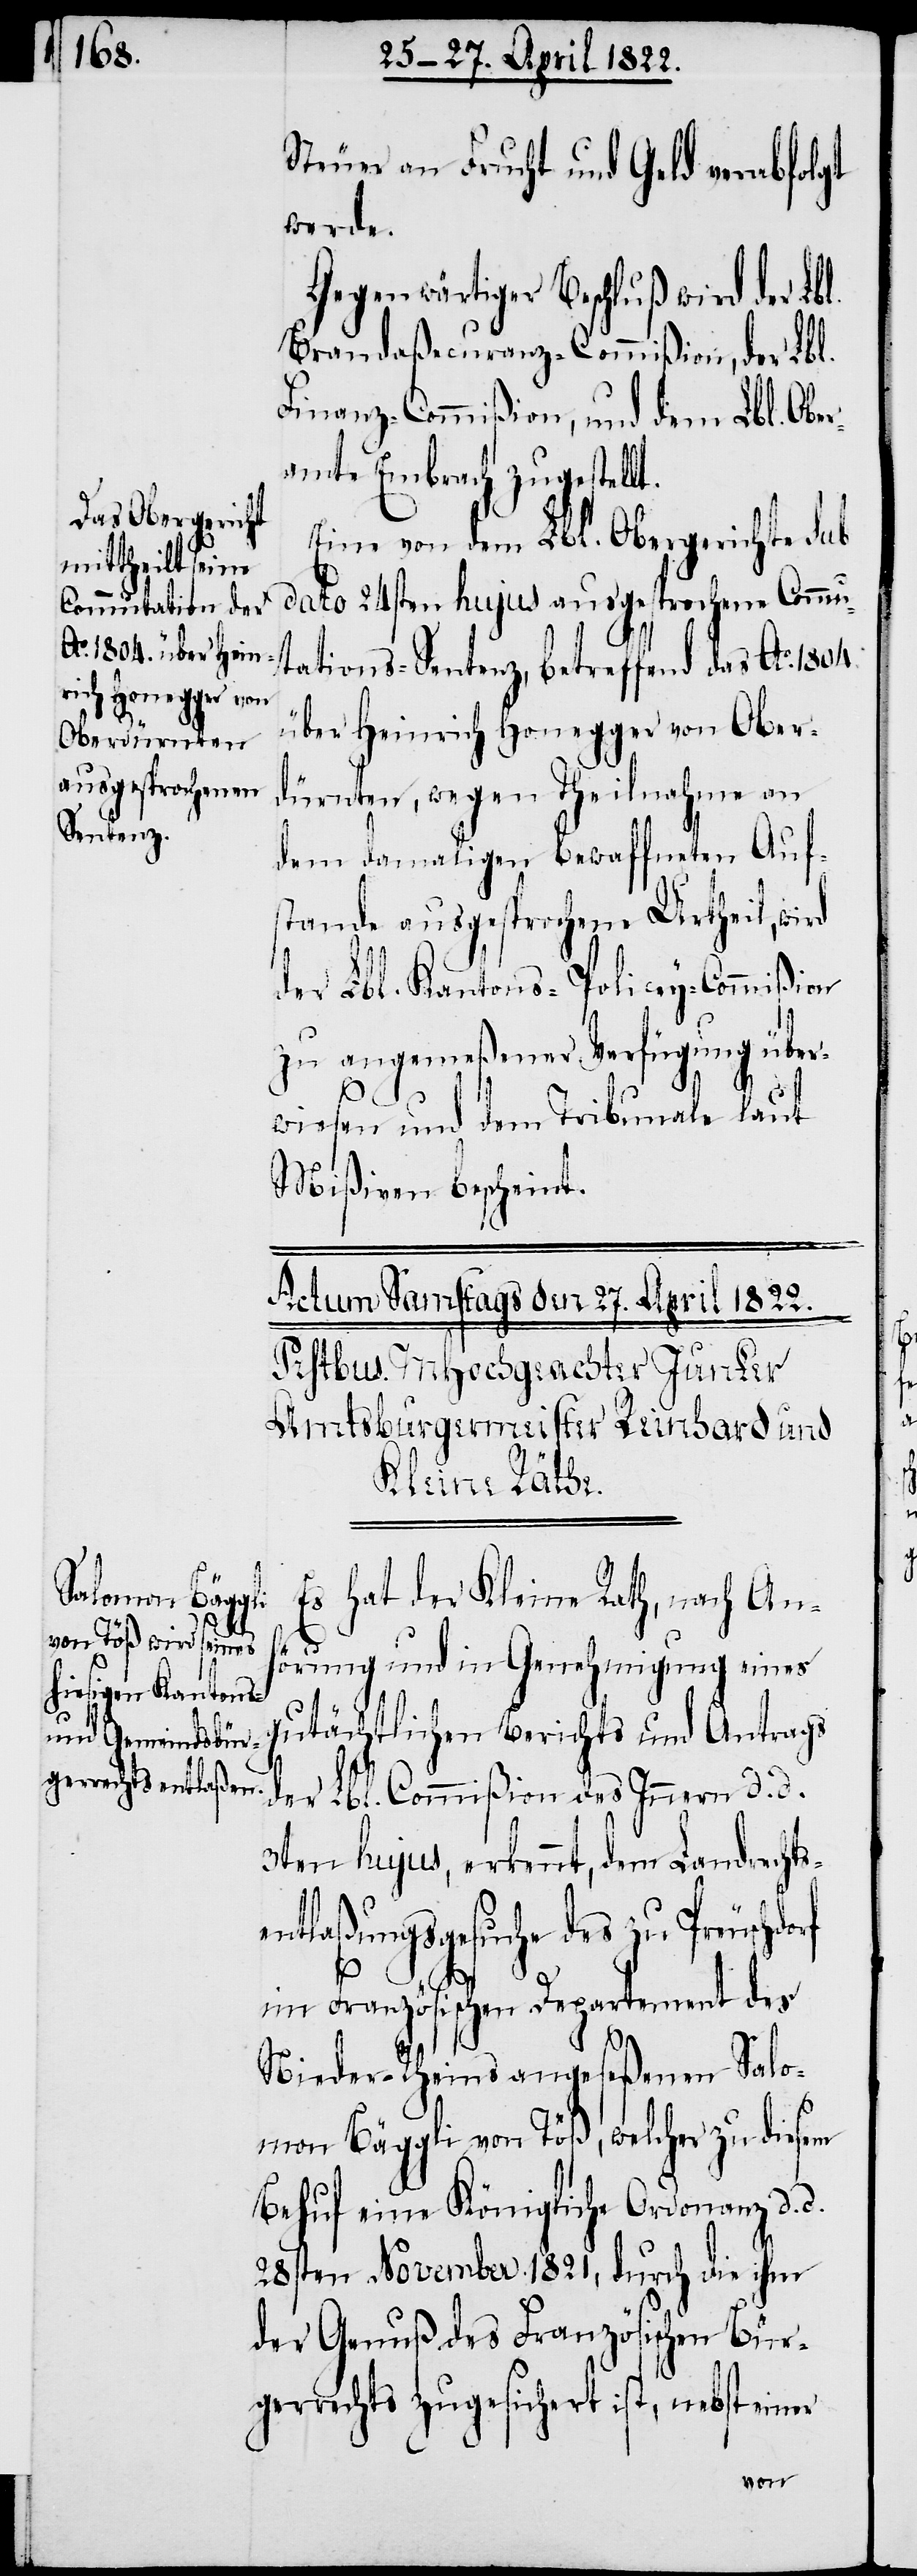
Steuer an Frucht und Geld verabfolgt
werde.
Gegenwärtiger Beschluß wird der Lbl.
Brandaßecuranz-Commißion, der Lbl.
Finanz-Commißion, und dem Lbl. Obe¬
ramte Embrach zugestellt.
Eine von dem Lbl. Obergericht sub
dato 24sten hujus ausgesprochene Commu¬
tations-Sentenz, betreffend das Ao. 1804
über Heinrich Honegger von Ober¬
dürnten, wegen Theilnahme an
dem damaligen bewaffneten Auf¬
stande ausgesprochene Urtheil, wird
der Lbl. Kantons-Policey-Commißion
zu angemeßener Verfügung über¬
rf
wiesen und dem Tribunale laut
Mißiven bescheint.
Es hat der Kleine Rath, nach An¬
hörung und in Genehmigung eines
gutächtlichen Berichts und Antrags
der Lbl. Commißion des Innern d. d.
3ten hujus, erkennt, dem Landrechtse¬
ntlaßungsgesuche des zu Preuschdo¬
im Französichen Departement des
Nieder-Rheins angeseßenen Salo¬
mon Bäggli von Töß, welcher zu diesem
Behuf eine Königliche Ordonanz d. d.
28sten November 1821, durch die ihm
der Genuß des Französischen Bür¬
gerrechts zugesichert ist, nebst einer